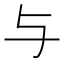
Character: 与